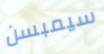
سيمبسن